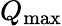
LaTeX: Q_{\mathrm{max}}